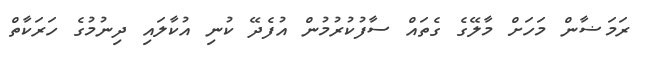
ރަމަޟާން މަހަށް މާލޭގެ ގެތައް ސާފުކުރުމުން އުފެދޭ ކުނި އުކާލައި ދިނުމުގެ ހަރަކާތް